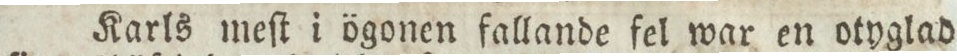
Karls meſt i ögonen fallande fel war en otyglad